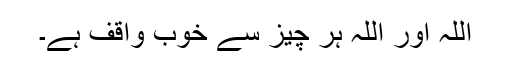
اللہ اور اللہ ہر چیز سے خوب واقف ہے۔